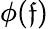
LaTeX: \phi(\mathfrak{f})